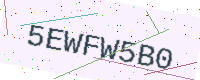
Text: 5EWFW5B0